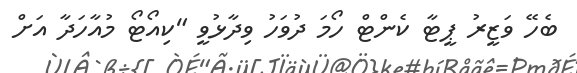
ބެހޭ ވަޒީރު ޕީޓާ ކެންޓް ހޯމަ ދުވަހު ވިދާޅުވީ "ކިއޯޓޯ މުއާހަދާ އަށް